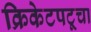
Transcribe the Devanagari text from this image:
क्रिकेटपटूचा